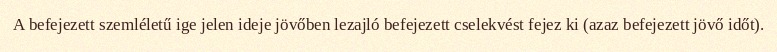
A befejezett szemléletű ige jelen ideje jövőben lezajló befejezett cselekvést fejez ki (azaz befejezett jövő időt).